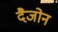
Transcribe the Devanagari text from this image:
दैजोन